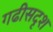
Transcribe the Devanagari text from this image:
गढीसदृश